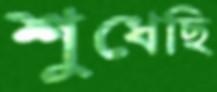
শুধেছি